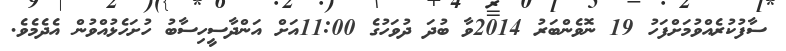
ސާފުކުރެއްވުމަށްފަހު 19 ނޮވެންބަރު 2014ވާ ބުދަ ދުވަހުގެ 11:00އަށް އަންދާސީހިސާބު ހުށަހެޅުއްވުން އެދެމެވެ.